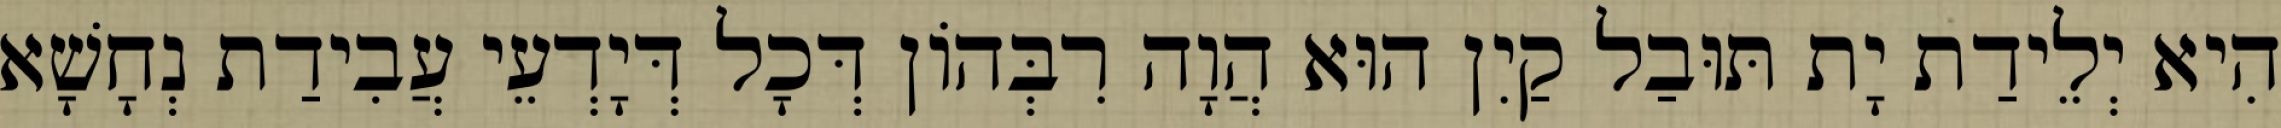
הִיא יְלֵידַת יָת תּוּבַל קַיִן הוּא הֲוָה רִבְּהוֹן דְּכָל דְּיָדְעֵי עֲבִידַת נְחָשָׁא